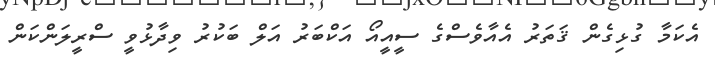
އެކަމާ ގުޅިގެން ޤަތަރު އެއާވެސްގެ ސީއީއޯ އަކްބަރު އަލް ބަކުރު ވިދާޅުވީ ސްރީލަންކަން